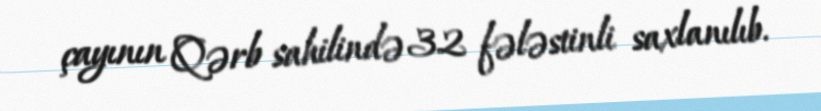
çayının Qərb sahilində 32 fələstinli saxlanılıb.